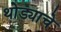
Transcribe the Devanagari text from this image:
थोड्याचे